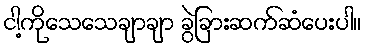
ငါ့ကိုသေသေချာချာ ခွဲခြားဆက်ဆံပေးပါ။